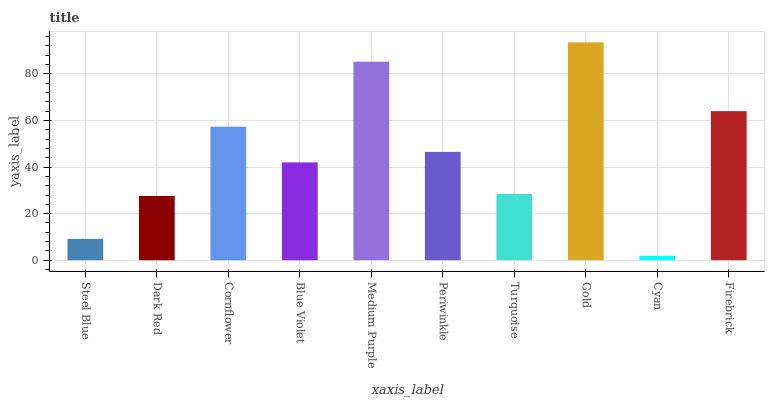
| xaxis_label | bars |
 | --- | --- |
 | Steel Blue | 9.16 |
 | Dark Red | 27.6 |
 | Cornflower | 57.3 |
 | Blue Violet | 42 |
 | Medium Purple | 85.3 |
 | Periwinkle | 46.5 |
 | Turquoise | 28.5 |
 | Gold | 93.5 |
 | Cyan | 1.91 |
 | Firebrick | 64 |